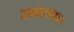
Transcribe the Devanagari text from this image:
समालकर